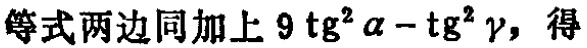
等式两边同加上 \(9\mathrm{tg}^{2}\alpha-\mathrm{tg}^{2}\gamma\)，得